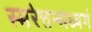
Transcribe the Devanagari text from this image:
स्मरेत्तन्मध्यगं